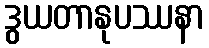
ဒွယတာနုပဿနာ